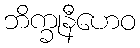
ဘိက္ခုနီဟေဝ